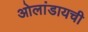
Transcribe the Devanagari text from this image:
ओलांडायची